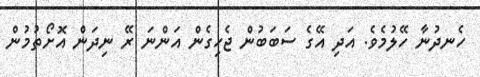
ހެނދުނާ ހޭލުމެވެ. އަދި އޭގެ ސަބަބުން ޖެހިގެން އަންނަ ރޭ ނިދަން އޮށޯތުމުން